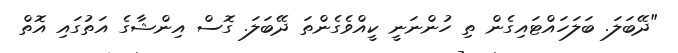
"ދޭބަލަ. ބަލަހައްޓައިގެން ތި ހުންނަނީ ކީއްވެގެންތަ ދޭބަލަ. ގޮސް އިންޝާގެ އަތުގައި އޮތް